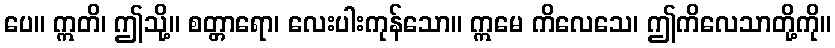
ပေ။ ဣတိ၊ ဤသို့။ စတ္တာရော၊ လေးပါးကုန်သော။ ဣမေ ကိလေသေ၊ ဤကိလေသာတို့ကို။